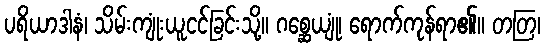
ပရိယာဒါနံ၊ သိမ်းကျုံးယူငင်ခြင်းသို့။ ဂစ္ဆေယျုံ၊ ရောက်ကုန်ရာ၏။ တတြ၊